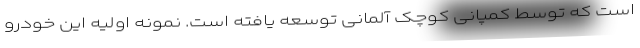
است که توسط کمپانی کوچک آلمانی توسعه یافته است. نمونه اولیه این خودرو